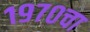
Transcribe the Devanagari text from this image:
१९७०चा